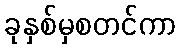
ခုနှစ်မှစတင်ကာ